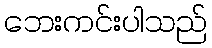
ဘေးကင်းပါသည်